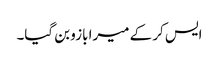
ایس کر کے میرا بازو بن گیا۔